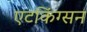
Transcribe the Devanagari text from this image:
एटकिंग्सन